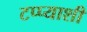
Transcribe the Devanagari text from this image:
टप्प्याशी